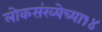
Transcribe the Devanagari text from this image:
लोकसंख्येच्या१४